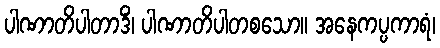
ပါဏာတိပါတာဒိံ၊ ပါဏာတိပါတစသော။ အနေကပ္ပကာရံ၊